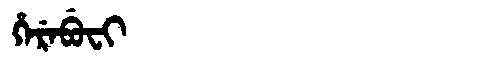
Manchu: ᡥᡝᡵᡝᠪᡠᠸᡳ
Romanization: HEREBUFI